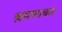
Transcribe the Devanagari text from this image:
श्रमणाचल